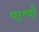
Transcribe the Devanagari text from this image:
पाश्र्वो